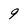
Character: 9